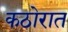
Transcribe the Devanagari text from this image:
कठोरात